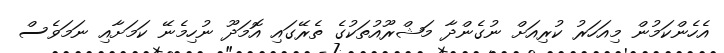
އެހެންކަމުން މިއަހަރު ކުރިއަށް ނުގެންދާ މަޝްރޫއުތަކުގެ ތެރޭގައި އޮމަދޫ ނުހިމެނޭ ކަމަށާއި ނަމަވެސް